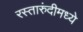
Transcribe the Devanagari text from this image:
रस्तारुंदीमध्ये